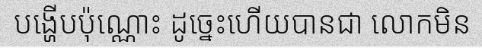
បង្ហើបប៉ុណ្ណោះ ដូច្នេះហើយបានជា លោកមិន